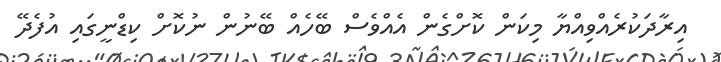
އިރާދަކުރެއްވިއްޔާ މިކަން ކޮށްގެން އެއްވެސް ބޭހެއް ބޭނުން ނުކޮށް ކިޑްނީގައި އުފެދޭ